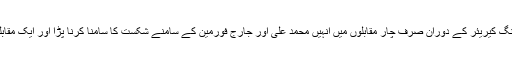
پورے باکسنگ کیریئر کے دوران صرف چار مقابلوں میں انہیں محمد علی اور جارج فورمین کے سامنے شکست کا سامنا کرنا پڑا اور ایک مقابلہ برابر رہا۔